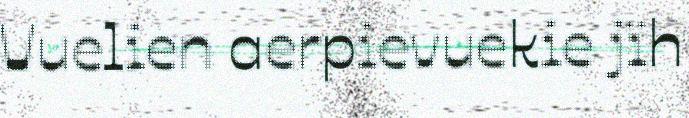
Vuelien aerpievuekie jïh